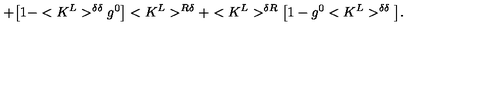
+ \big [ 1 - < K ^ { L } > ^ { \delta \delta } g ^ { 0 } \big ] < K ^ { L } > ^ { R \delta } + < K ^ { L } > ^ { \delta R } \big [ 1 - g ^ { 0 } < K ^ { L } > ^ { \delta \delta } \big ] .